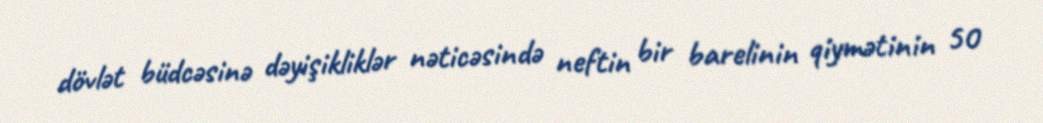
dövlət büdcəsinə dəyişikliklər nəticəsində neftin bir barelinin qiymətinin 50